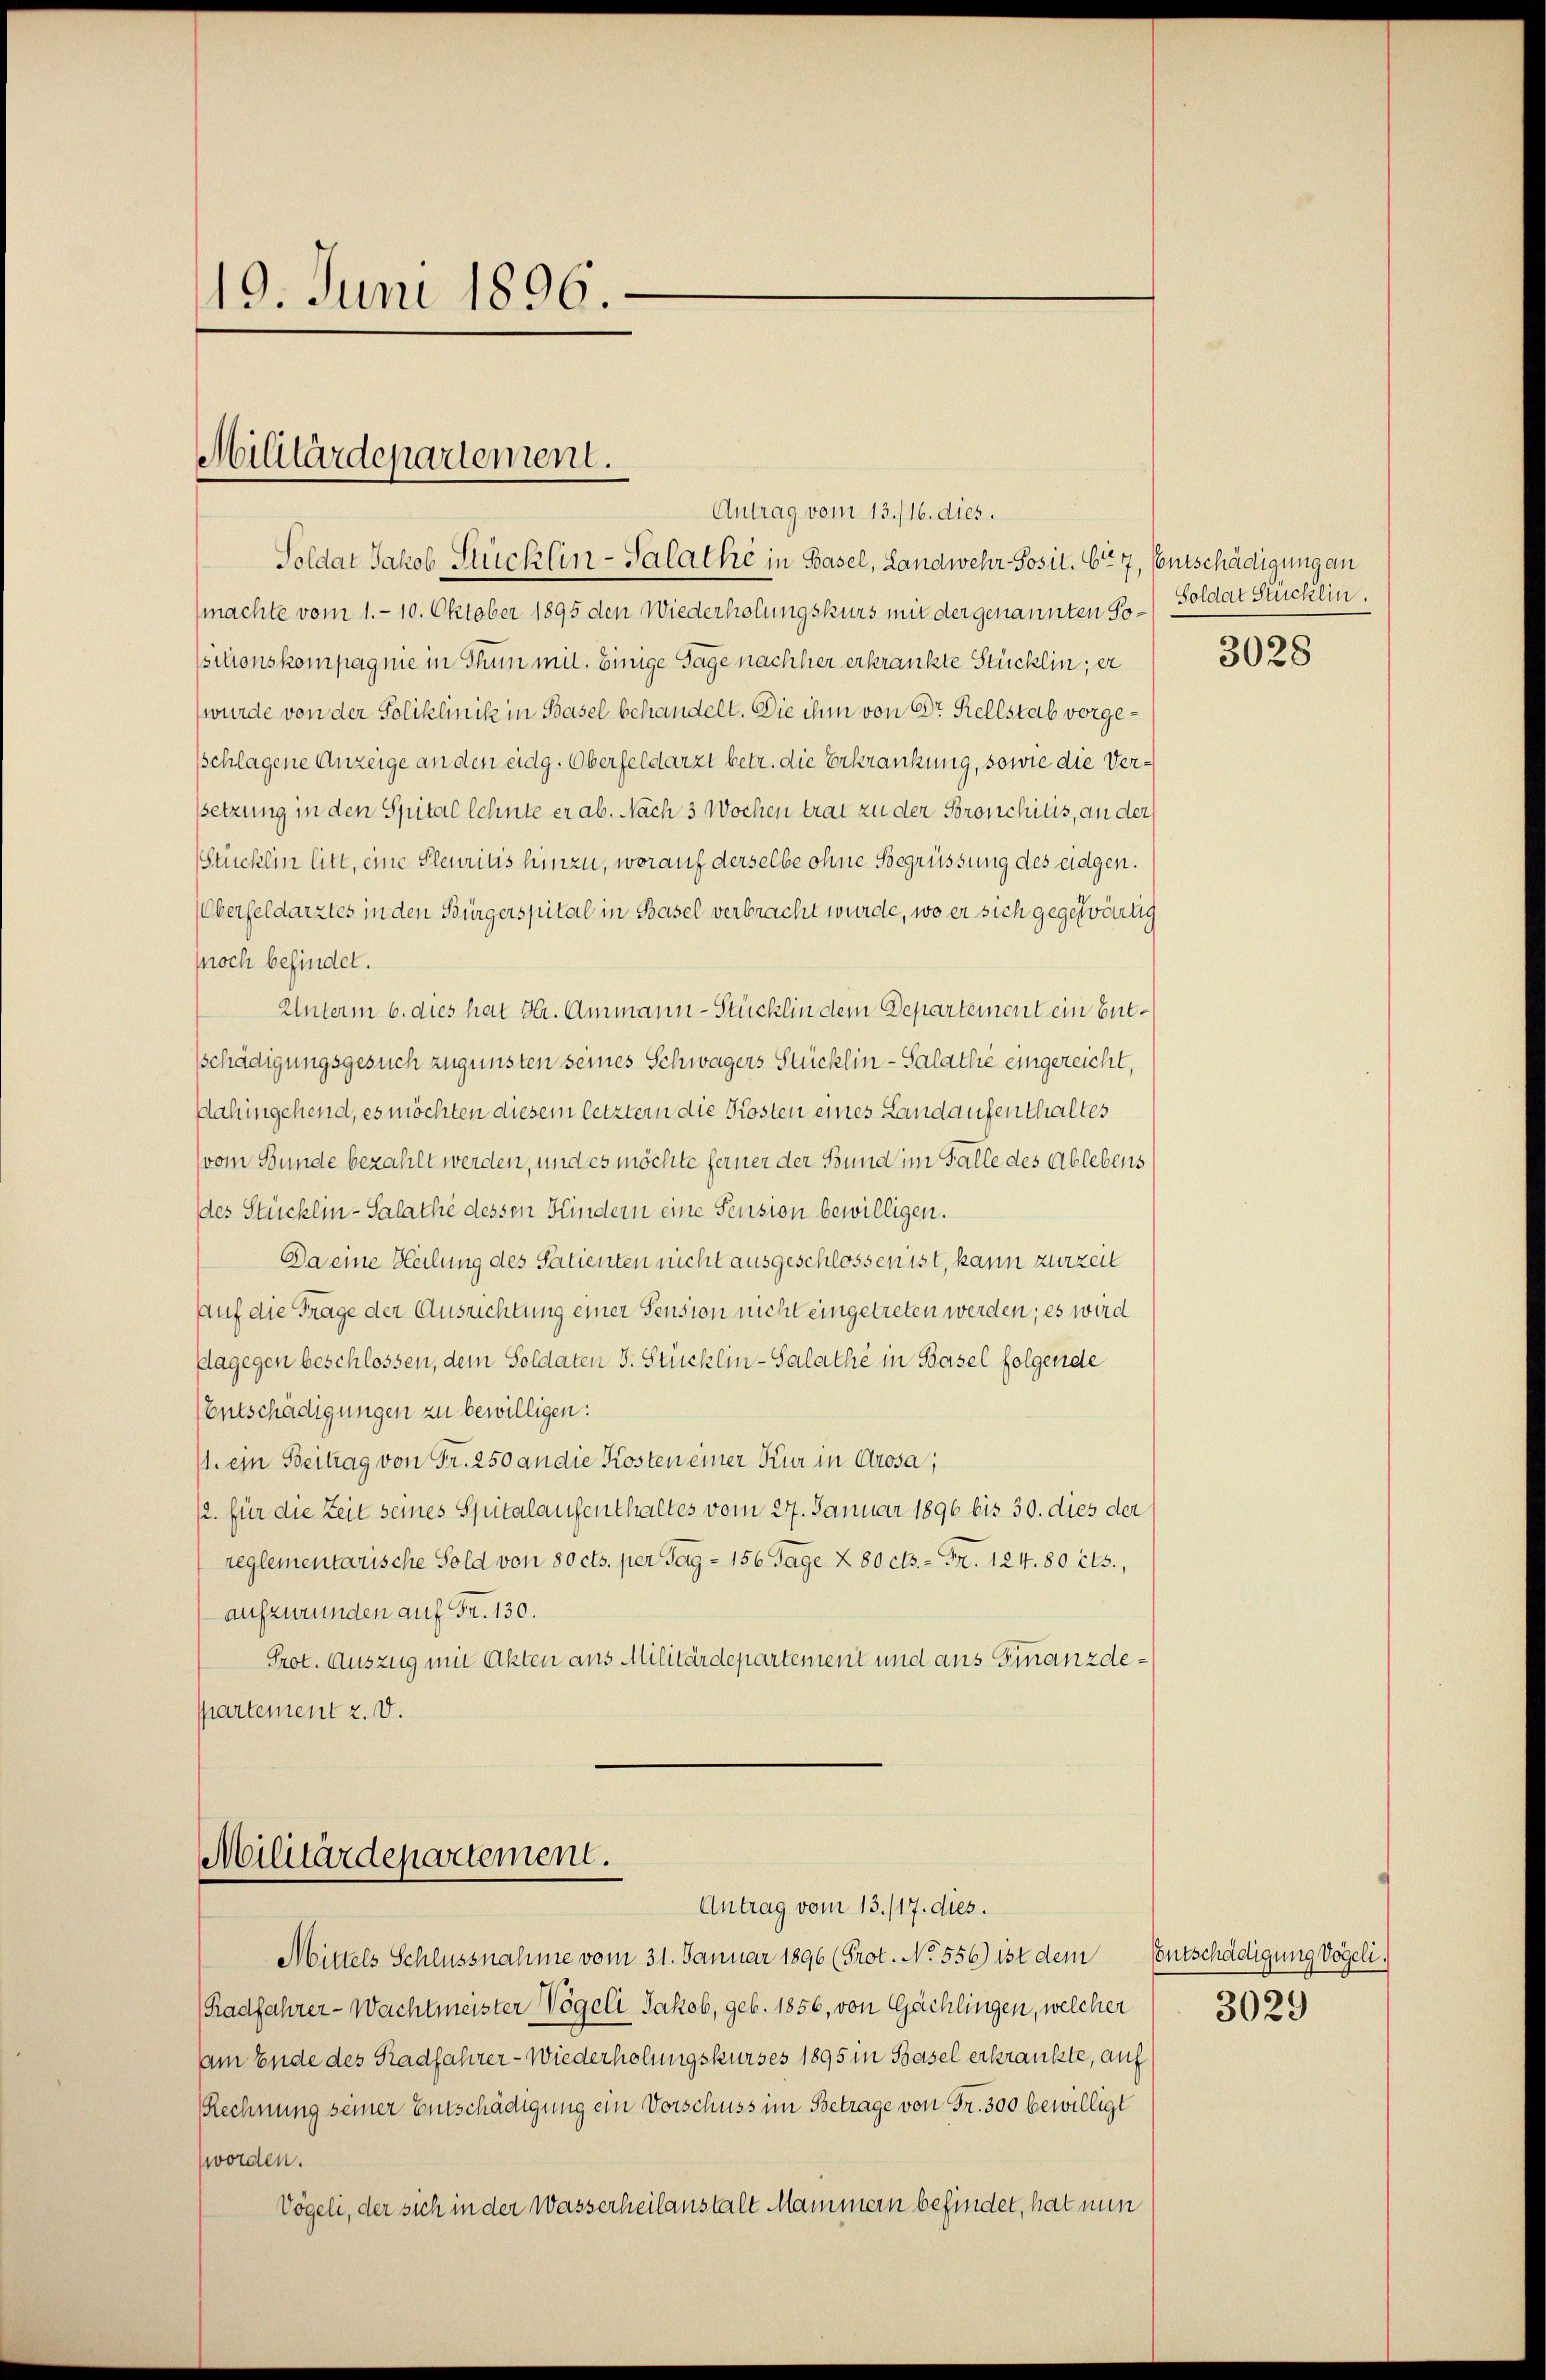
19. Juni 1896.

Antrag vom 13./16. dies.
Soldat Jakob Stücklin-Salathe in Basel, Landwehr-Posit. Ce 7, Entschädigung an
(machte vom 1.- 10. Oktober 1895 den Wiederholungskurs mit der genannten Sositionskompagnie in Thun mit. Einige Tage nachher erkrankte Stücklin, er
wurde von der Poliklinik in Basel behandelt. Die ihm von Dr. Rellstab vorgeschlagene Anzeige an den eidg. Oberfeldarzt betr. die Erkrankung, sowie die Verssetzung in den Spital lehnte er ab. Nach 3 Wochen trat zu der Bronchilis, an der
Stücklin litt, eine Pleuritis hinzu, worauf derselbe ohne Begrüssung des eidgen.
Oberfeldarztes in den Bürgerspital in Basel verbracht wurde, wo er sich gegenwärtig
noch befindet.
Unterm 6. dies hat Hr. Ammann-Stücklin dem Departement ein Entschädigungsgesuch zugunsten seines Schwagers Stücklin-Salathe eingereicht,
Dahingehend, es möchten diesem letztem die Kosten eines Landaufenthaltes
vom Bunde bezahlt werden, und es möchte ferner der Bund im Falle des Ablebens
des Stücklin-Salathe dessen Kindern eine Pension bewilligen.
Da eine Heilung des Salienten nicht ausgeschlossen ist, kann zurzeit
auf die Frage der Ausrichtung einer Pension nicht eingetreten werden; es wird
Plagegen beschlossen, dem Soldaten J. Stücklin-Salathe in Basel folgende
Entschädigungen zu bewilligen:
1. ein Beitrag von Fr. 250 an die Kosten einer Kur in Grosa,
/2. für die Zeit seines Spitalaufenthaltes vom 27. Januar 1896 bis 30. dies der
reglementarische Sold von 80 cts. per Tag - 156 Tage 2 80 cts. = Fr. 124. 80 cts.,
aufzurunden auf Fr. 130.
Prot. Auszug mit Akten aus Militärdepartement und aus Finanzdepartement z. d.

Militärdepartement.

Militärdepartement.
Antrag vom 13./17. dies.

Mittels Schlussnahme vom 31. Januar 1896 (Prot. No. 556) ist dem Entschädigung Vögeli.
(Radfahrer-Wachtmeister Vögeli Jakob, geb. 1856, von Gächlingen, welcher
am Ende des Radfahrer - Wiederholungskurses 1895 in Basel erkrankte, auf
Rechnung seiner Entschädigung ein Vorschuss im Betrage von Fr. 300 bewilligt
worden.
Vögeli, der sich in der Wasserheilanstalt Mammern befindet, hat nun

Soldat Stücklin.

3028

3029